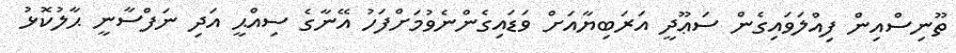
ތޫނިސްއިން ފިއްލަވައިގެން ސަޢޫދީ އަރަބިޔާއަށް ވަޑައިގެންނެވުމަށްފަހު އޭނާގެ ސިއްްޙީ އަދި ނަފްސާނީ ޙާލުކޮޅު